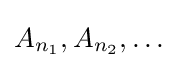
A_{n_{1}},A_{n_{2}},\ldots